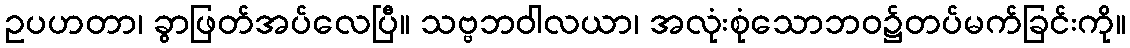
ဥပဟတာ၊ ခွာဖြတ်အပ်လေပြီ။ သဗ္ဗဘဝါလယာ၊ အလုံးစုံသောဘဝ၌တပ်မက်ခြင်းကို။